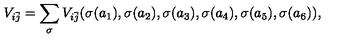
V _ { i \bar { j } } = \sum _ { \sigma } V _ { i \bar { j } } ( \sigma ( a _ { 1 } ) , \sigma ( a _ { 2 } ) , \sigma ( a _ { 3 } ) , \sigma ( a _ { 4 } ) , \sigma ( a _ { 5 } ) , \sigma ( a _ { 6 } ) ) ,